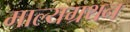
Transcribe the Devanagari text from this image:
माल्यग्रथन